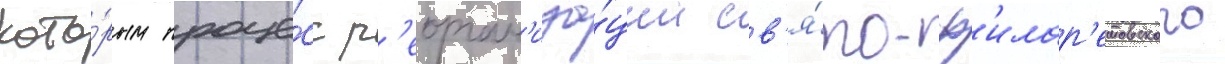
кото́рым проце́сс р'еорган'иза́ции св'я́то-ф'илар'етовского